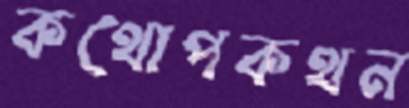
কথোপকথন